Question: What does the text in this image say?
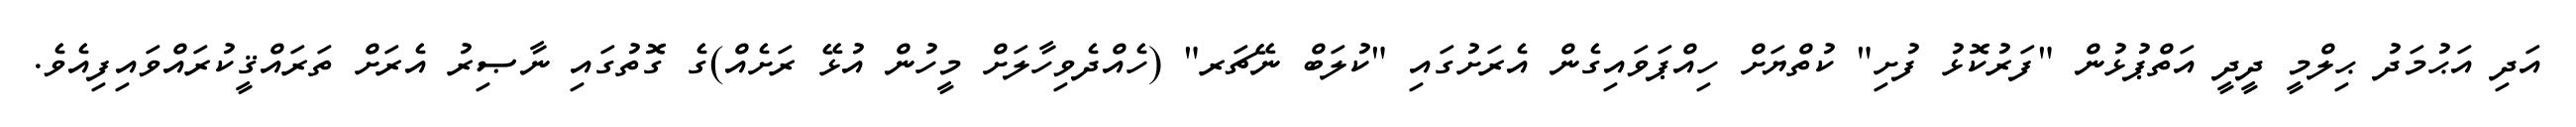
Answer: އަދި އަޙުމަދު ޙިލްމީ ދީދީ އަތްޕުޅުން "ފަރުކޮޅު ފުށި" ކުތްޔަށް ހިއްޕަވައިގެން އެރަށުގައި "ކުލަބް ނޭޗަރ" (ހެއްދެވިހާލަށް މީހުން އުޅޭ ރަށެއް)ގެ ގޮތުގައި ނާޞިރު އެރަށް ތަރައްޤީކުރައްވައިފިއެވެ.